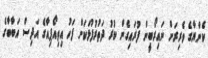
ކެންޔާގެ ވެރިރަށް ނައިރޯބީން ފުރައިގެން ކުރު ދަތުރުފުޅަކަށް ފަހު އިތިއޯޕިއާގެ އަދިސް އަބާބާގެ